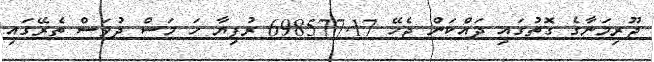
ޖޫރިމަނާގެ ގޮތުގައި ދައްކަން ޖެހޭ 698577.17 ރުފިޔާ ހަ މަސް ދުވަސް ތެރޭގައި